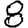
Digit: 8